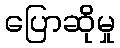
ပြောဆိုမှု